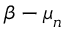
{ \boldsymbol { \beta } } - { \boldsymbol { \mu } } _ { n }